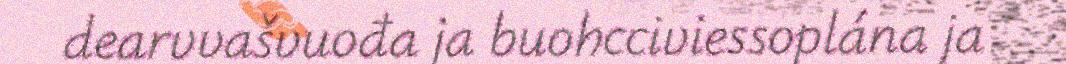
dearvvašvuođa ja buohcciviessoplána ja